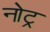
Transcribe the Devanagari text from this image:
नोट्र